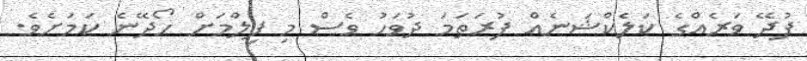
ފުދޭ ވަރެއްގެ ކަލެކްޝަނެއް ފުރަތަމަ ދުވަހު ވެސް މި ފިލްމަށް ހޯދޭނެ ކަމަށެވެ.